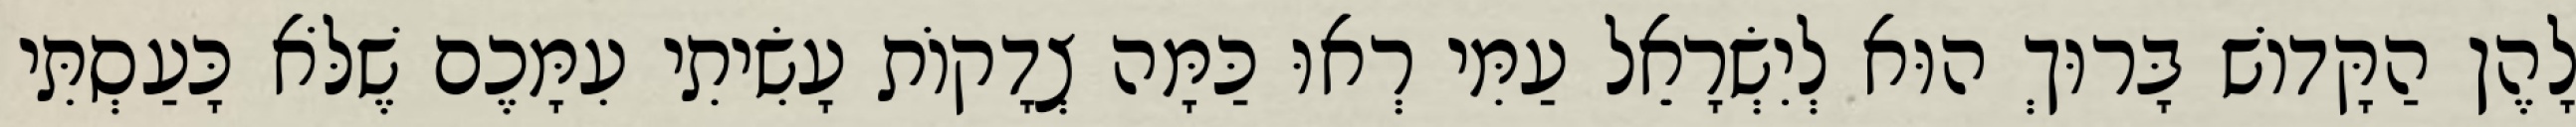
לָהֶן הַקָּדוֹשׁ בָּרוּךְ הוּא לְיִשְׂרָאֵל עַמִּי רְאוּ כַּמָּה צְדָקוֹת עָשִׂיתִי עִמָּכֶם שֶׁלֹּא כָּעַסְתִּי